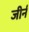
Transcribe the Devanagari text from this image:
जीर्न